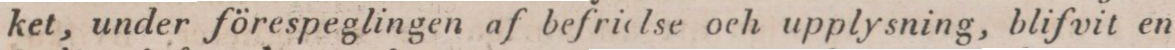
ket, under förespeglingen af befriclse och upplysning, blifvit en